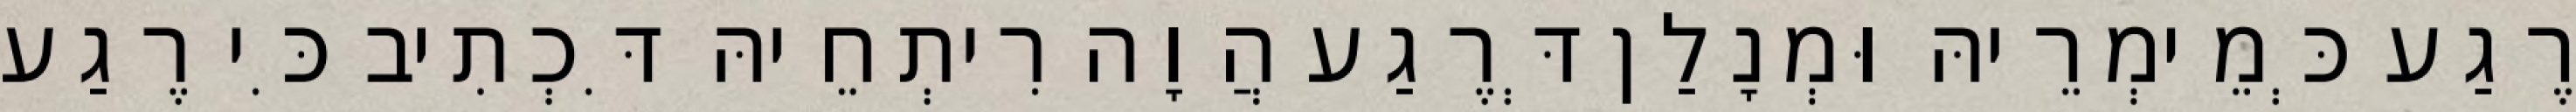
רֶגַע כְּמֵימְרֵיהּ וּמְנָלַן דְּרֶגַע הֲוָה רִיתְחֵיהּ דִּכְתִיב כִּי רֶגַע